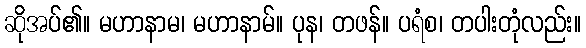
ဆိုအပ်၏။ မဟာနာမ၊ မဟာနာမ်။ ပုန၊ တဖန်။ ပရံစ၊ တပါးတုံလည်း။